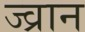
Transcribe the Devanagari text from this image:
ज्व्रान